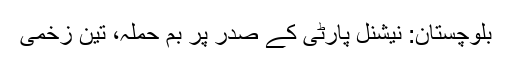
بلوچستان: نیشنل پارٹی کے صدر پر بم حملہ، تین زخمی